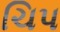
ચિપ